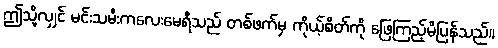
ဤသို့လျှင် မင်းသမီးကလေးမေရီသည် တစ်ဖက်မှ ကိုယ့်စိတ်ကို ဖြေကြည့်မိပြန်သည်။